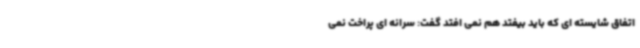
اتفاق شایسته ای که باید بیفتد هم نمی افتد گفت: سرانه ای پراخت نمی